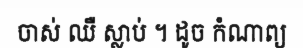
ចាស់ ឈឺ ស្លាប់ ។ ដូច កំណាព្យ